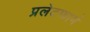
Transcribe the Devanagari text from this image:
प्रलेटफार्म